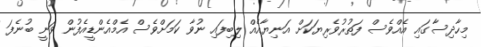
މިހާދިސާގައި އެއްވެސް ފަތުރުވެރިޔަކަށް އަނިޔާއެއް ލިބިފައި ނުވާ ކަމަށްވެސް އެމްއެންޑީއެފުން ވަނީ ބުނެފަ